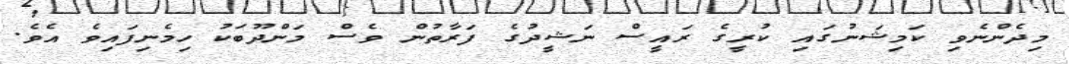
މިދެންނެވި ކަމިޝަނުގައި ކުރީގެ ރައީސް ނަޝީދުގެ ފަރާތުން ވެސް މަންދޫބަކު ހިމެނިފައިވެ އެވެ.